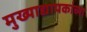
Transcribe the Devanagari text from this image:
मुख्‍याद्यापकांच्‍या